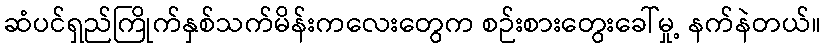
ဆံပင်ရှည်ကြိုက်နှစ်သက်မိန်းကလေးတွေက စဉ်းစားတွေးခေါ်မှု့ နက်နဲတယ်။